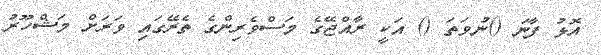
އޮޅު ފާނަ ()ނުވަތަ () އަކީ ރާއްޖޭގެ މަސްވެރިންގެ ތެރޭގައި ވަރަށް މަޝްހޫރު